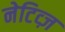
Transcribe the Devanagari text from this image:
नेटिव्ज़